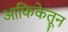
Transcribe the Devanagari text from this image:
आफिकेतून